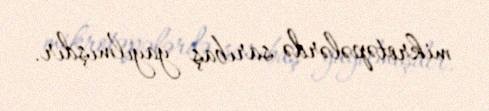
mikrotəpələrdə sarıbaş yayılmışdır.